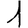
Digit: 1